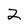
Character: 2